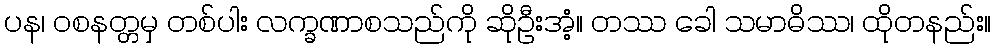
ပန၊ ဝစနတ္တမှ တစ်ပါး လက္ခဏာစသည်ကို ဆိုဦးအံ့။ တဿ ခေါ သမာဓိဿ၊ ထိုတနည်း။